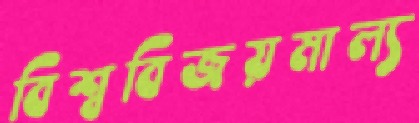
বিশ্ববিজয়মাল্য